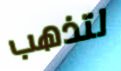
لتذهب